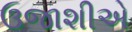
ઉજાશીએ